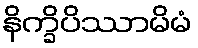
နိက္ခိပိဿာမိမံ